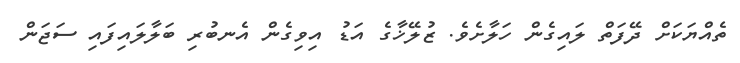
ތެއްޔަކަށް ދޭފަތް ލައިގެން ހަލާށެވެ. ޒުލޭޚާގެ އަޑު އިވިގެން އެނބުރި ބަލާލައިފައި ސަޖަން